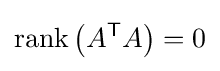
\operatorname {rank} \left(A^{\mathsf {T}}A\right)=0